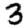
Digit: 3